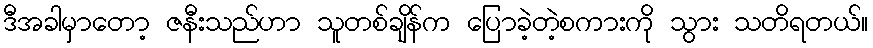
ဒီအခါမှာတော့ ဇနီးသည်ဟာ သူတစ်ချိန်က ပြောခဲ့တဲ့စကားကို သွား သတိရတယ်။